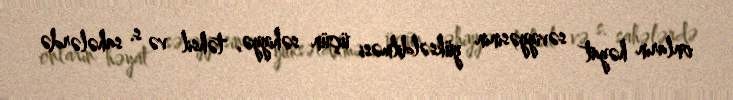
onların həyat səviyyəsinin yüksəldilməsi üçün səhiyyə, təhsil və s. sahələrdə